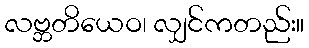
လဗ္ဘတိယေဝ၊ လျှင်ကတည်း။